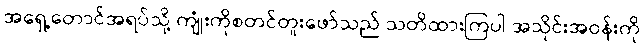
အရှေ့တောင်အရပ်သို့ ကျုံးကိုစတင်တူးဖော်သည် သတိထားကြပါ အသိုင်းအဝန်းကို